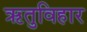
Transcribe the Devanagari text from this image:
ऋतुविहार